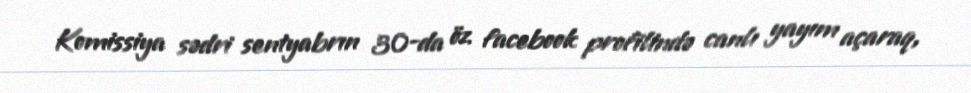
Komissiya sədri sentyabrın 30-da öz facebook profilində canlı yayım açaraq,